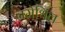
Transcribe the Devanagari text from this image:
नमेथिल